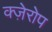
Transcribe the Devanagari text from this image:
क्ज़ेरोप